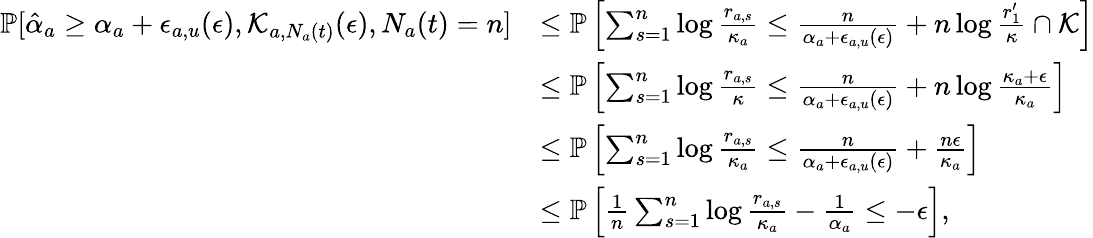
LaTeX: \begin{array}{rl}{\mathbb{P}[\hat{\alpha}_{a}\geq\alpha_{a}+\epsilon_{a,u}(\epsilon),\mathcal{K}_{a,N_{a}(t)}(\epsilon),N_{a}(t)=n]}&{\leq\mathbb{P}\left[\sum_{s=1}^{n}\log\frac{r_{a,s}}{\kappa_{a}}\leq\frac{n}{\alpha_{a}+\epsilon_{a,u}(\epsilon)}+n\log\frac{r_{1}^{\prime}}{\kappa}\cap\mathcal{K}\right]}\\ &{\leq\mathbb{P}\left[\sum_{s=1}^{n}\log\frac{r_{a,s}}{\kappa}\leq\frac{n}{\alpha_{a}+\epsilon_{a,u}(\epsilon)}+n\log\frac{\kappa_{a}+\epsilon}{\kappa_{a}}\right]}\\ &{\leq\mathbb{P}\left[\sum_{s=1}^{n}\log\frac{r_{a,s}}{\kappa_{a}}\leq\frac{n}{\alpha_{a}+\epsilon_{a,u}(\epsilon)}+\frac{n\epsilon}{\kappa_{a}}\right]}\\ &{\leq\mathbb{P}\left[\frac{1}{n}\sum_{s=1}^{n}\log\frac{r_{a,s}}{\kappa_{a}}-\frac{1}{\alpha_{a}}\leq-\epsilon\right],}\end{array}